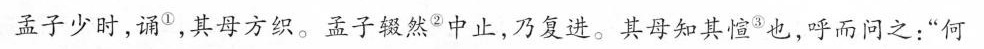
子孟子少时，诵v，其母方织。孟子辍然2中止，乃复进。其母知其3也，呼而问之：”何